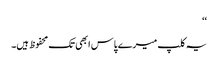
‘‘
یہ کلپ میرے پاس ابھی تک محفوظ ہیں۔